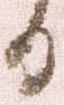
日